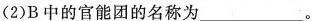
(2)B中的官能团的名称为___。